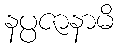
နပ္ပဇာနာမိ